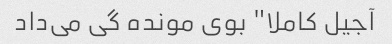
آجیل کاملا" بوی مونده گی می‌داد